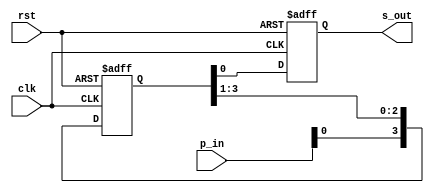
module rs_piso(
input clk,rst,
input [3:0]p_in,
output reg s_out
);
reg [3:0]shift_reg;

always@(posedge clk or posedge rst)
begin
if (rst) begin
 shift_reg <= 4'b0000;
 s_out <= 0;
end
else begin
 shift_reg <= {p_in,shift_reg[3:1]};
 s_out <= shift_reg[0];
end
end
endmodule